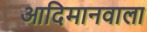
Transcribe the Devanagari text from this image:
आदिमानवाला